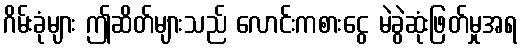
ဂိမ်းခုံများ ဤဆိတ်များသည် လောင်းကစားငွေ မဲခွဲဆုံးဖြတ်မှုအရ